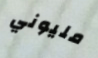
مليوني